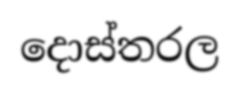
දොස්තරල